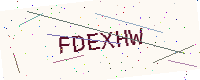
Text: FDEXHW